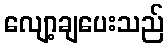
လျော့ချပေးသည်